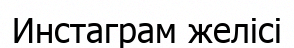
Инстаграм желісі